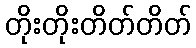
တိုးတိုးတိတ်တိတ်